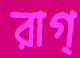
রাগ্‌